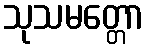
သုသမတ္တော